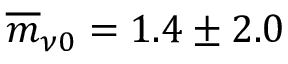
\overline { { m } } _ { \nu 0 } = 1 . 4 \pm 2 . 0